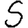
Digit: 5